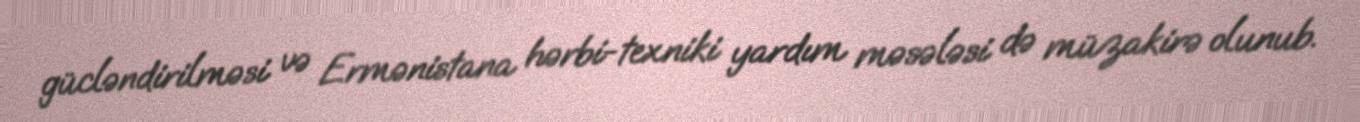
gücləndirilməsi və Ermənistana hərbi-texniki yardım məsələsi də müzakirə olunub.